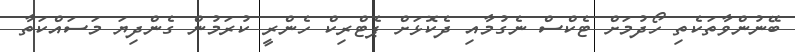
ބޭނުންވާތަކެތި ހޯދުމަށް ޓެކްސް ނެގުމާއި ދެކޮޅަށް ޕެޓްރިކް ހެންރީ ކުރަމުން ގެންދިޔަ މަސައްކަތާ